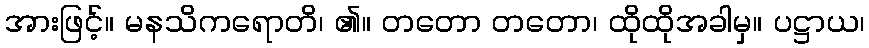
အားဖြင့်။ မနသိကရောတိ၊ ၏။ တတော တတော၊ ထိုထိုအခါမှ။ ပဋ္ဌာယ၊